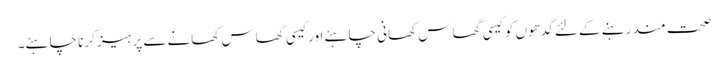
صحت مند رہنے کے لئے گدھوں کو کیسی گھاس کھانی چاہئے اور کیسی گھاس کھانے سے پرہیز کرنا چاہئے۔